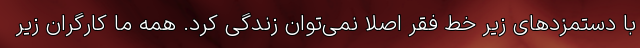
با دستمزدهای زیر خط فقر اصلاً نمی‌توان زندگی کرد. همه ما کارگران زیر